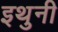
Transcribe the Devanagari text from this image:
इथुनी